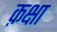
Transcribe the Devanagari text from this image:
क़क्षा